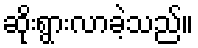
ဆိုးရွားလာခဲ့သည်။